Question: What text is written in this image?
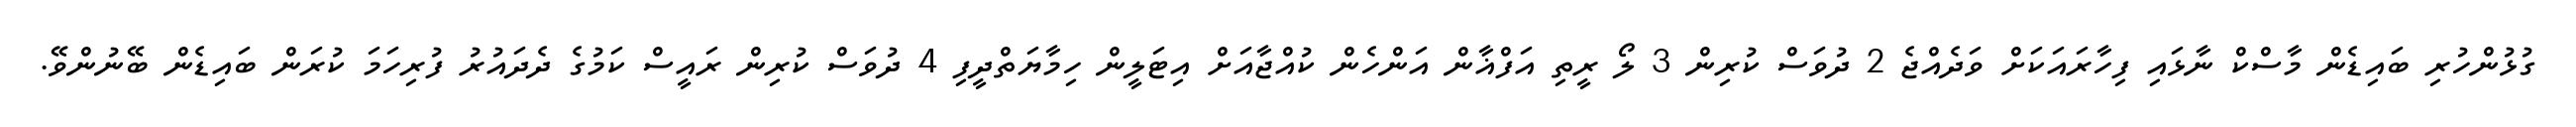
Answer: ގުޅުންހުރި ބައިޑެން މާސްކް ނާޅައި ފިހާރައަކަށް ވަދެއްޖެ 2 ދުވަސް ކުރިން 3 ލޯ ރީތި އަފްޣާން އަންހެން ކުއްޖާއަށް އިޓަލީން ހިމާޔަތްދީފި 4 ދުވަސް ކުރިން ރައީސް ކަމުގެ ދެދައުރު ފުރިހަމަ ކުރަން ބައިޑެން ބޭނުންވޭ.